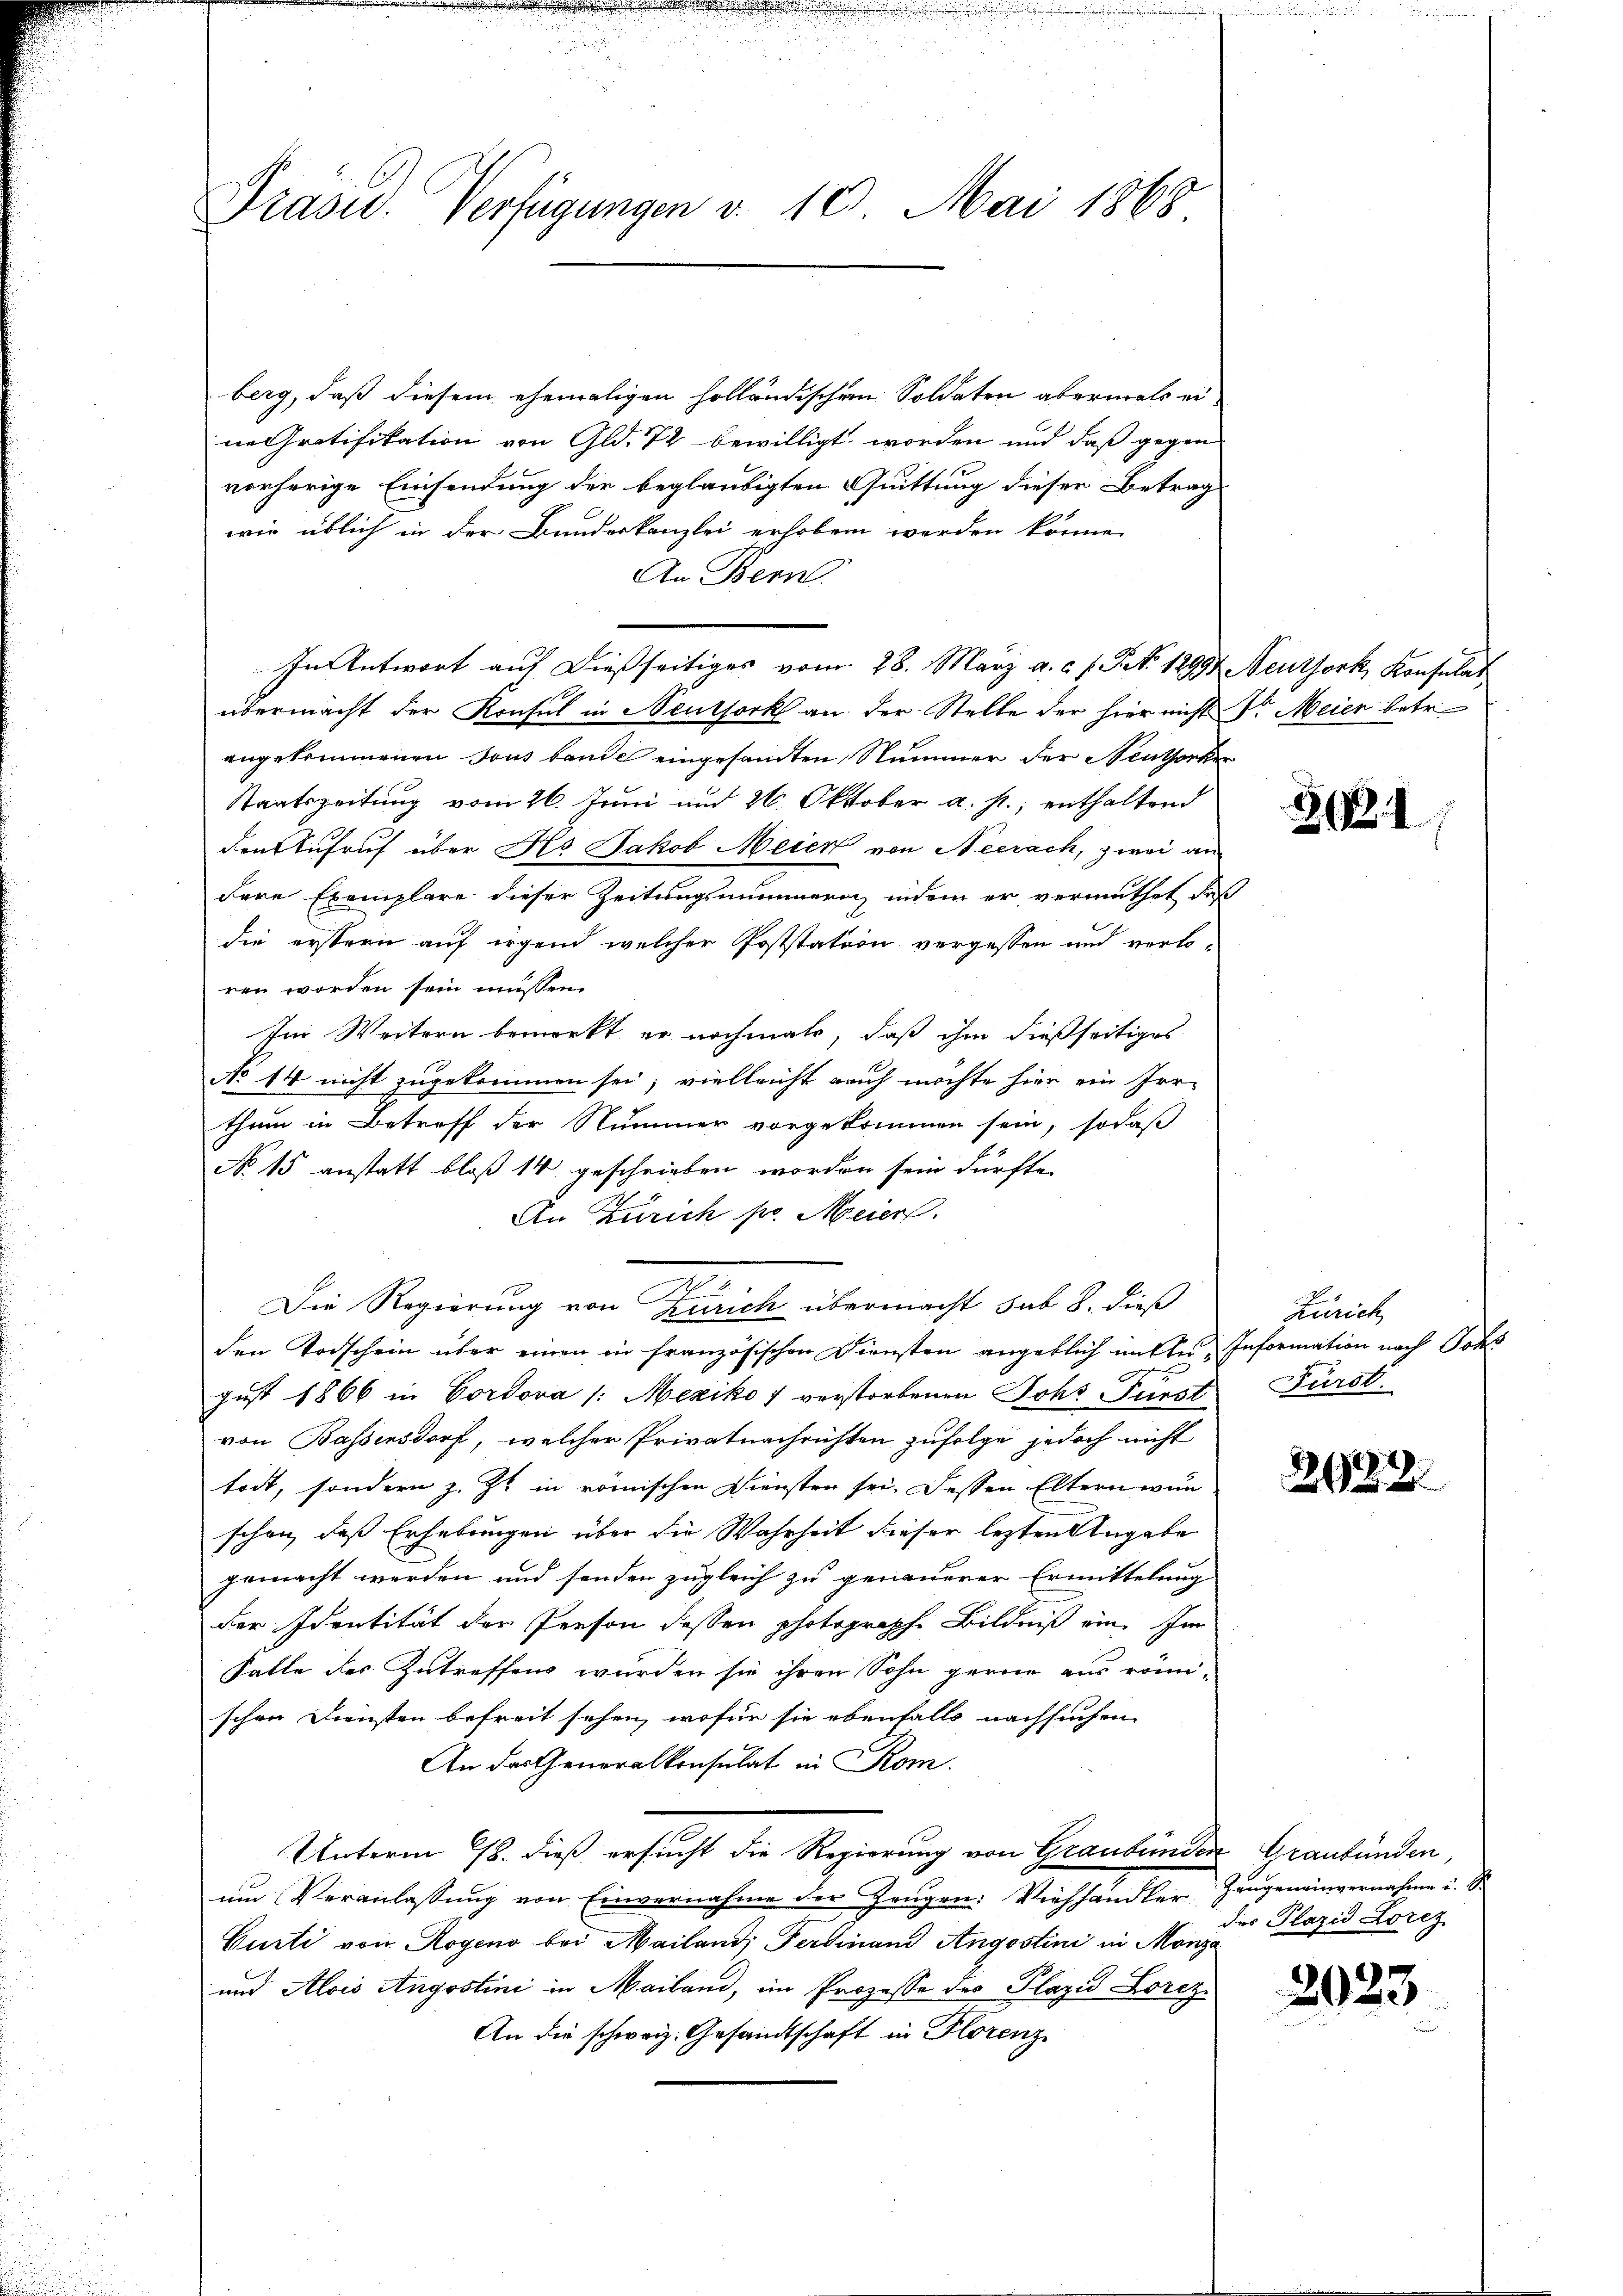
Präsid. Verfügungen v. 10. Mai 1868

berg, daß diesem ehemaligen holländischen Soldaten abermals ei
ne Gratifikation von Gld. 72 bewilligt worden und daß gegen
vorherige Einsendung der beglaubigten Quittung dieser Betrag
wie üblich in der Bundeskanzlei erhoben werden könne.
An Bern.
In Antwort auf dießseitiges vom 28. März a. c. f. S. 18997 Neuthork, Konsulat
übermacht der Konsul in Neuthork an der Stelle der hier nicht Sr. Meien betr.
angekommenen Tous bande eingesandten Nummer der Neuthorker
Staatszeitung vom 26. Juni und 26. Oktober a. p., enthaltend
den Aufruf über Hs. Jakob Meier von Neerach, zwei an
dere Exemplare dieser Zeitungsnimmern, indem er vermuthet, daß
die erstern auf irgend welcher Poststation vergessen und verlo-
ren worden sein müssen.
Im Weitern bemerkt er nochmals, daß ihm dießseitiges
No 14 nicht zugekommen sei, vielleicht auch möchte hier ein Irr-
thum in Betreff der Nummer vorgekommen sein, sodaß
No 15 anstatt bloß 14 geschrieben worden sein dürfte.
An Zürich pr. Meier.
II
Die Regierung von Zürich übermacht sub 8. dieß
den Todschein über einen in französischen Diensten angeblich mit in Information nach Johs
gust 1866 in Cordova /: Mexiko 7 verstorbenen Joh. Fürst Fürst
von Bassensdorf, welcher Privatnachrichten zufolge jedoch nicht
todt, sondern z. Zt. in römischen Diensten sei. Dessen Eltern wun-
schon, daß Erhebungen über die Wahrheit dieser lezten Angabe
gemacht werden und sonder zugleich zu genauerer Ermittelung
der Identität der Person dessen photographe Bildniß ein. Im
Satte des Zutreffens würden sie ihren Sohn gerne aus römi-
schen Diensten befreit sehen, wofür sie ebenfalls nachsuchen
An das Generalkonsulat in Rom.
Unterm 18. dieß ersucht die Regierung von Graubünden Graubünden,
um Veranlassung von Einvernahme der Zeugen: Viehhändler Zeugeneinvernahme u. S.
Curti von Rogen bei Mailand, Ferdinand Angostini in Manze
und Alois Angostini in Mailand, im Prozesse des Plazid Lorezi
An die schweiz. Gesandtschaft in Florenz

331

Zürich

2622.

des Plazid Lorez

2023